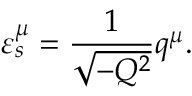
\varepsilon _ { s } ^ { \mu } = { \frac { 1 } { \sqrt { - Q ^ { 2 } } } } q ^ { \mu } .